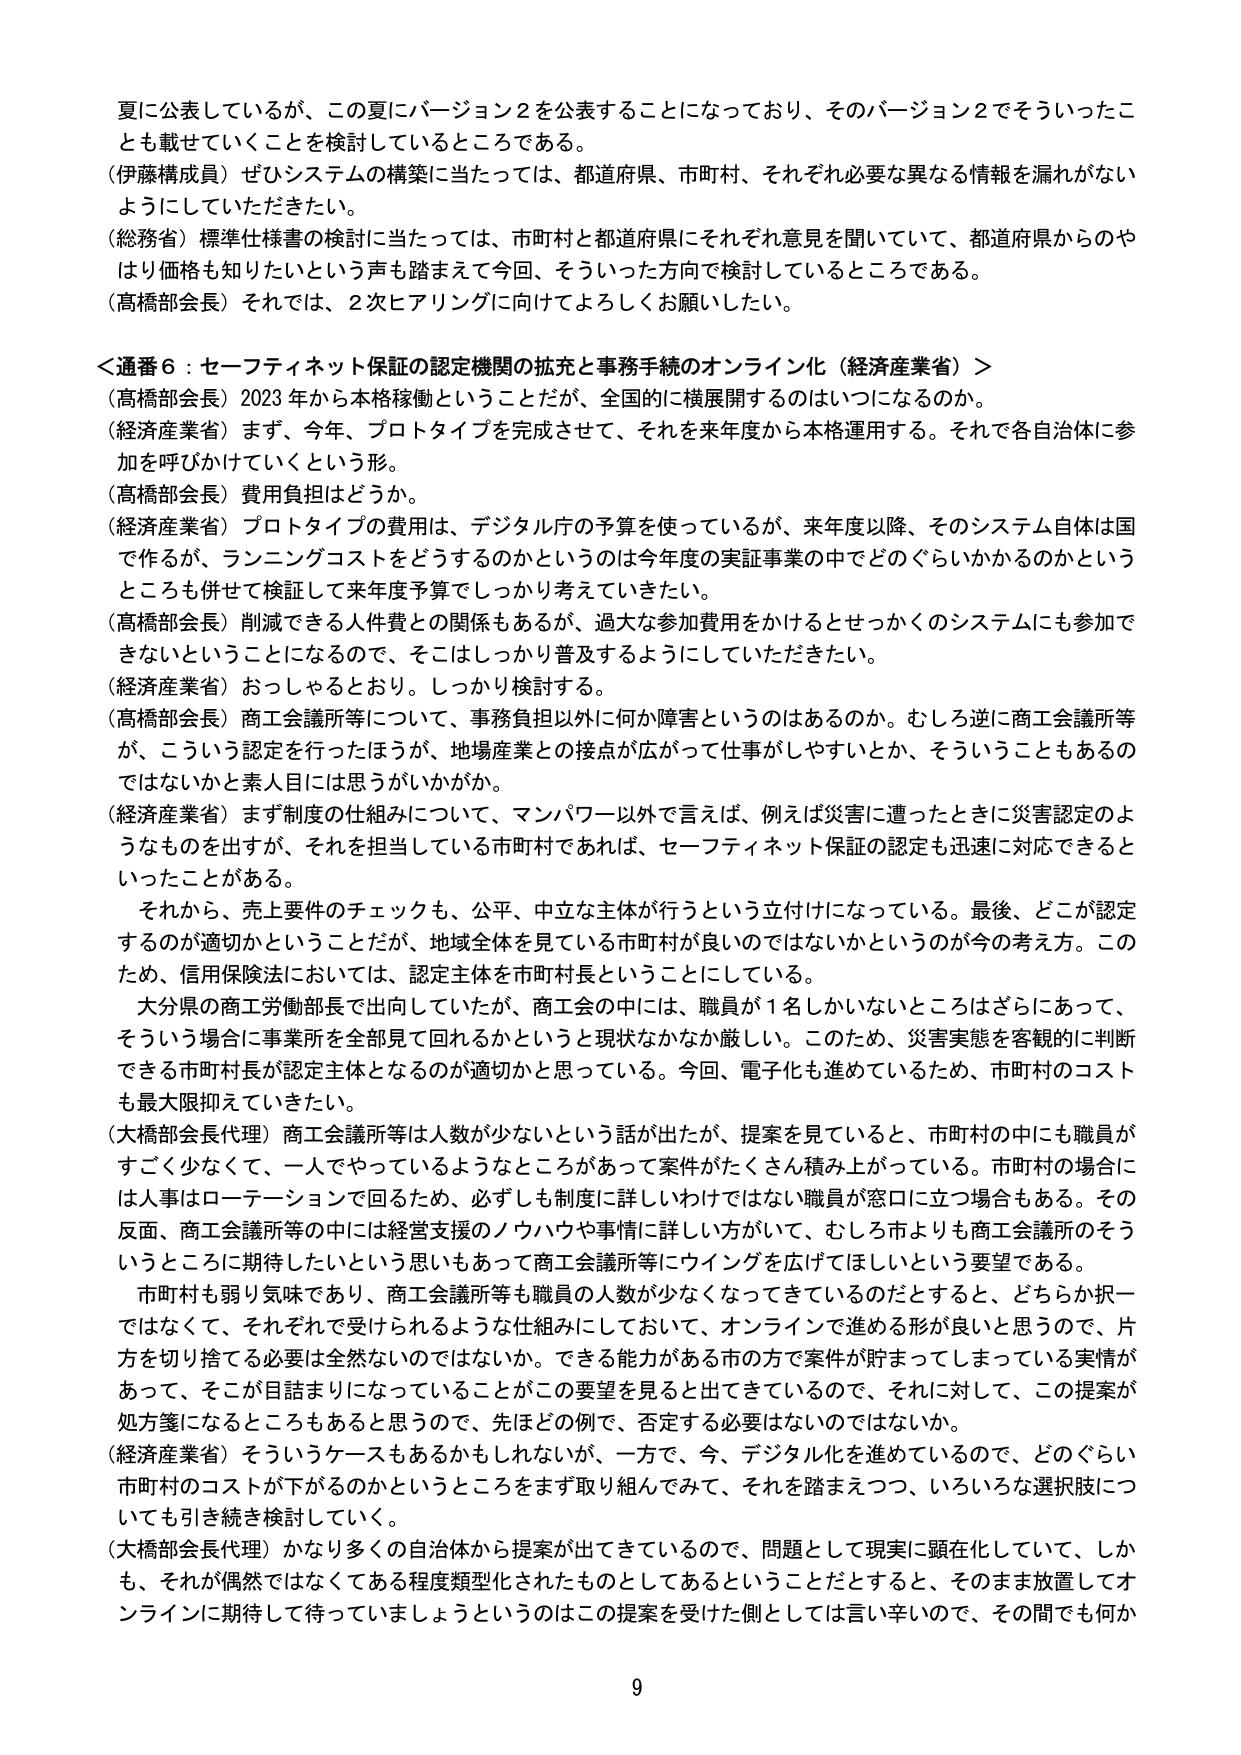
夏に公表しているが、この夏にバージョン2を公表することになっており、そのバージョン2でそういったことも載せていくことを検討しているところである。

（伊藤構成員）ぜひシステムの構築に当たっては、都道府県、市町村、それぞれ必要な異なる情報を漏れがないようにしていただきたい。

（総務省）標準仕様書の検討に当たっては、市町村と都道府県にそれぞれ意見を聞いていて、都道府県からのやはり価格も知りたいという声も踏まえて今回、そういった方向で検討しているところである。

（高橋部会長）それでは、2次ヒアリングに向けてよろしくお願いしたい。

＜通番6：セーフティネット保証の認定機関の拡充と事務手続のオンライン化（経済産業省）＞

（高橋部会長）2023年から本格稼働ということだが、全国的に横展開するのはいつになるのか。

（経済産業省）まず、今年、プロトタイプを完成させて、それを来年度から本格運用する。それを各自治体に参加を呼びかけていくという形。

（高橋部会長）費用負担はどうか。

（経済産業省）プロトタイプの費用は、デジタル庁の予算を使っているが、来年度以降、そのシステム自体は国で作るが、ランニングコストをどうするのかというのは今年度の実証事業の中でどのぐらいかかるのかというところも併せて検証して来年度予算でしっかり考えてきたい。

（高橋部会長）削減できる人件費との関係もあるが、過大な参加費用をかけるとせっかくのシステムにも参加できないということになるので、そこはしっかり普及するようにしていただきたい。

（経済産業省）おっしゃるとおり。しっかり検討する。

（高橋部会長）商工会議所等について、事務負担以外に何か障害というのはあるのか。むしろ逆に商工会議所等が、こういう認定を行ったほうが、地場産業との接点が広がって仕事がしやすいとか、そういうこともあるのではないかと素人目には思うがいかがか。

（経済産業省）まず制度の仕組みについて、マンパワー以外で言えば、例えば災害に遭ったときに災害認定のようなものを出すが、それを担当している市町村であれば、セーフティネット保証の認定も迅速に対応できるといったことがある。

それから、売上要件のチェックも、公平、中立な主体が行うという立付けになっている。最後、どこが認定するのが適切かということだが、地域全体を見ている市町村が良いのではないかというのが今の考え方。このため、信用保険法においては、認定主体を市町村長ということにしている。

大分県の商工労働部長で出向していたが、商工会の中には、職員が1名しかいないところはさらにあって、そういう場合に事業所を全部見て回れるかというと現状なかなか厳しい。このため、災害実態を客観的に判断できる市町村長が認定主体となるのが適切かと思っている。今回、電子化も進めているため、市町村のコストも最大限抑えていきたい。

（大橋部会長代理）商工会議所等は人数が少ないという話が出たが、提案を見ていると、市町村の中にも職員がすごく少なくて、一人でやっているようなところがあって案件がたくさん積み上がっている。市町村の場合には人事はローテーションで回るため、必ずしも制度に詳しいわけではない職員が窓口に立つ場合もある。その反面、商工会議所等の中には経営支援のノウハウや事情に詳しい方がいて、むしろ市よりも商工会議所のそういうところに期待したいという思いもあって商工会議所等にウイングを広げてほしいという要望である。

市町村も弱り気味であり、商工会議所等も職員の人数が少なくなってきているのだとすると、どちらか択一ではなくて、それぞれで受けられるような仕組みにしておいて、オンラインで進める形が良いと思うので、片方を切り捨てる必要は全然ないのではないか。できる能力がある市の方で案件が貯まってしまっている実情があって、そこが目詰まりになっていることがこの要望を見ると出てきているので、それに対して、この提案が処方箋になるところもあると思うので、先ほどの例で、否定する必要はないのではないか。

（経済産業省）そういうケースもあるかもしれないが、一方で、今、デジタル化を進めているので、どのぐらい市町村のコストが下がるのかというところをまず取り組んでみて、それを踏まえつつ、いろいろな選択肢についても引き続き検討していく。

（大橋部会長代理）かなり多くの自治体から提案が出てきているので、問題として現実に顕在化していて、しかも、それが偶然ではなくてある程度類型化されたものとしてあるということだとすると、そのまま放置してオンラインに期待して待っていましょうというのはこの提案を受けた側としては言い辛いので、その間でも何か

9